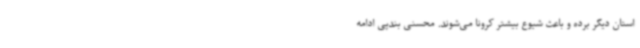
استان دیگر برده و باعث شیوع بیشتر کرونا می‌شوند. محسنی بندپی ادامه